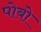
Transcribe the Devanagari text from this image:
पोबो